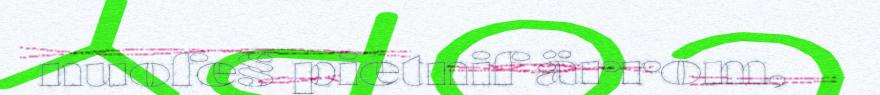
nuofe§ pietnif ärrom,